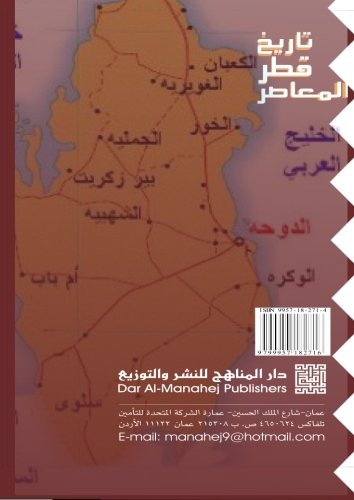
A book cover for Tarikh Qatar al-mu'asir 1913-2008 (Arabic Edition); Mufid al-Zaydi; History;